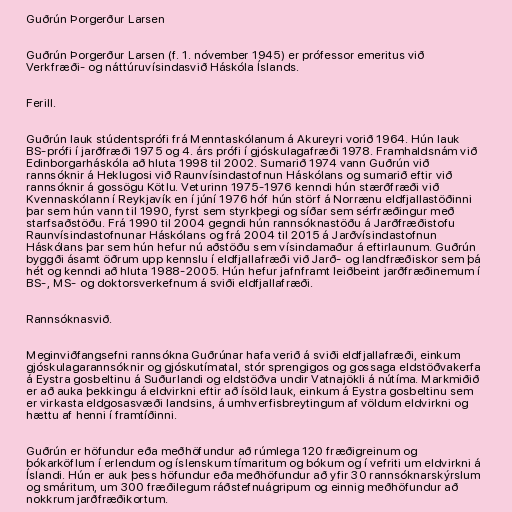
Guðrún Þorgerður Larsen

Guðrún Þorgerður Larsen (f. 1. nóvember 1945) er prófessor emeritus við
Verkfræði- og náttúruvísindasvið Háskóla Íslands.

Ferill.

Guðrún lauk stúdentsprófi frá Menntaskólanum á Akureyri vorið 1964. Hún lauk
BS-prófi í jarðfræði 1975 og 4. árs prófi í gjóskulagafræði 1978. Framhaldsnám við
Edinborgarháskóla að hluta 1998 til 2002. Sumarið 1974 vann Guðrún við
rannsóknir á Heklugosi við Raunvísindastofnun Háskólans og sumarið eftir við
rannsóknir á gossögu Kötlu. Veturinn 1975-1976 kenndi hún stærðfræði við
Kvennaskólann í Reykjavík en í júní 1976 hóf hún störf á Norrænu eldfjallastöðinni
þar sem hún vann til 1990, fyrst sem styrkþegi og síðar sem sérfræðingur með
starfsaðstöðu. Frá 1990 til 2004 gegndi hún rannsóknastöðu á Jarðfræðistofu
Raunvísindastofnunar Háskólans og frá 2004 til 2015 á Jarðvísindastofnun
Háskólans þar sem hún hefur nú aðstöðu sem vísindamaður á eftirlaunum. Guðrún
byggði ásamt öðrum upp kennslu í eldfjallafræði við Jarð- og landfræðiskor sem þá
hét og kenndi að hluta 1988-2005. Hún hefur jafnframt leiðbeint jarðfræðinemum í
BS-, MS- og doktorsverkefnum á sviði eldfjallafræði.

Rannsóknasvið.

Meginviðfangsefni rannsókna Guðrúnar hafa verið á sviði eldfjallafræði, einkum
gjóskulagarannsóknir og gjóskutímatal, stór sprengigos og gossaga eldstöðvakerfa
á Eystra gosbeltinu á Suðurlandi og eldstöðva undir Vatnajökli á nútíma. Markmiðið
er að auka þekkingu á eldvirkni eftir að ísöld lauk, einkum á Eystra gosbeltinu sem
er virkasta eldgosasvæði landsins, á umhverfisbreytingum af völdum eldvirkni og
hættu af henni í framtíðinni.

Guðrún er höfundur eða meðhöfundur að rúmlega 120 fræðigreinum og
bókarköflum í erlendum og íslenskum tímaritum og bókum og í vefriti um eldvirkni á
Íslandi. Hún er auk þess höfundur eða meðhöfundur að yfir 30 rannsóknarskýrslum
og smáritum, um 300 fræðilegum ráðstefnuágripum og einnig meðhöfundur að
nokkrum jarðfræðikortum.